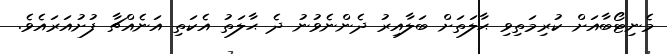
މެނިޓޯބާއަށް ކުރިމަތިވި ޙާލަތަށް ބަލާއިރު ދެންނެވުނު ދެ ޙާލަތު އެކަތި އަނެއްޗާ ފުށުއަރައެވެ.